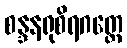
စန္ဒနရုစိရဂတ္တေ